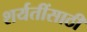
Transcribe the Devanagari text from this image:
शर्यतींसाठी